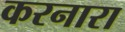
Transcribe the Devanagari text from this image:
करनारा